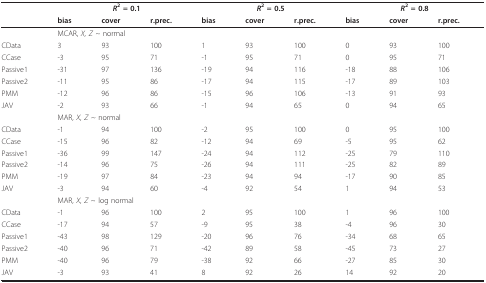
<table><thead><tr><td></td><td colspan="3"><b><i>R</i><sup>2 </sup>= 0.1</b></td><td colspan="3"><b><i>R</i><sup>2 </sup>= 0.5</b></td><td colspan="3"><b><i>R</i><sup>2 </sup>= 0.8</b></td></tr><tr><td></td><td><b>bias</b></td><td><b>cover</b></td><td><b>r.prec.</b></td><td><b>bias</b></td><td><b>cover</b></td><td><b>r.prec.</b></td><td><b>bias</b></td><td><b>cover</b></td><td><b>r.prec.</b></td></tr></thead><tbody><tr><td></td><td colspan="9">MCAR, <i>X, Z </i>~ normal</td></tr><tr><td>CData</td><td>3</td><td>93</td><td>100</td><td>1</td><td>93</td><td>100</td><td>0</td><td>93</td><td>100</td></tr><tr><td>CCase</td><td>-3</td><td>95</td><td>71</td><td>-1</td><td>95</td><td>71</td><td>0</td><td>95</td><td>71</td></tr><tr><td>Passive1</td><td>-31</td><td>97</td><td>136</td><td>-19</td><td>94</td><td>116</td><td>-18</td><td>88</td><td>106</td></tr><tr><td>Passive2</td><td>-11</td><td>95</td><td>86</td><td>-17</td><td>94</td><td>115</td><td>-17</td><td>89</td><td>103</td></tr><tr><td>PMM</td><td>-12</td><td>96</td><td>86</td><td>-15</td><td>96</td><td>106</td><td>-13</td><td>91</td><td>93</td></tr><tr><td>JAV</td><td>-2</td><td>93</td><td>66</td><td>-1</td><td>94</td><td>65</td><td>0</td><td>94</td><td>65</td></tr><tr><td></td><td colspan="9">MAR, <i>X, Z </i>~ normal</td></tr><tr><td>CData</td><td>-1</td><td>94</td><td>100</td><td>-2</td><td>95</td><td>100</td><td>0</td><td>95</td><td>100</td></tr><tr><td>CCase</td><td>-15</td><td>96</td><td>82</td><td>-12</td><td>94</td><td>69</td><td>-5</td><td>95</td><td>62</td></tr><tr><td>Passive1</td><td>-36</td><td>99</td><td>147</td><td>-24</td><td>94</td><td>112</td><td>-25</td><td>79</td><td>110</td></tr><tr><td>Passive2</td><td>-14</td><td>96</td><td>75</td><td>-26</td><td>94</td><td>111</td><td>-25</td><td>82</td><td>89</td></tr><tr><td>PMM</td><td>-19</td><td>97</td><td>84</td><td>-23</td><td>94</td><td>94</td><td>-17</td><td>90</td><td>85</td></tr><tr><td>JAV</td><td>-3</td><td>94</td><td>60</td><td>-4</td><td>92</td><td>54</td><td>1</td><td>94</td><td>53</td></tr><tr><td></td><td colspan="9">MAR, <i>X, Z </i>~ log normal</td></tr><tr><td>CData</td><td>-1</td><td>96</td><td>100</td><td>2</td><td>95</td><td>100</td><td>1</td><td>96</td><td>100</td></tr><tr><td>CCase</td><td>-17</td><td>94</td><td>57</td><td>-9</td><td>95</td><td>38</td><td>-4</td><td>96</td><td>30</td></tr><tr><td>Passive1</td><td>-43</td><td>98</td><td>129</td><td>-20</td><td>96</td><td>76</td><td>-34</td><td>68</td><td>65</td></tr><tr><td>Passive2</td><td>-40</td><td>96</td><td>71</td><td>-42</td><td>89</td><td>58</td><td>-45</td><td>73</td><td>27</td></tr><tr><td>PMM</td><td>-40</td><td>96</td><td>79</td><td>-38</td><td>92</td><td>66</td><td>-27</td><td>85</td><td>30</td></tr><tr><td>JAV</td><td>-3</td><td>93</td><td>41</td><td>8</td><td>92</td><td>26</td><td>14</td><td>92</td><td>20</td></tr></tbody></table>